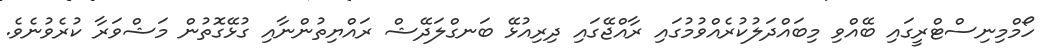
ހޯމްމިނިސްޓްރީގައި ބޭއްވި މިބައްދަލުކުރެއްވުމުގައި ރާއްޖޭގައި ދިރިއުޅޭ ބަނގްލަދޭޝް ރައްޔިތުންނާއި ގުޅޭގޮތުން މަޝްވަރާ ކުރެވުނެވެ.